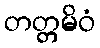
တတ္တမိဝံ